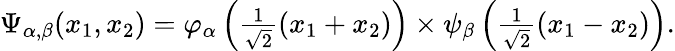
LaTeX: \begin{array}{r}{\Psi_{\alpha,\beta}(x_{1},x_{2})=\varphi_{\alpha}\left(\frac{1}{\sqrt{2}}(x_{1}+x_{2})\right)\times\psi_{\beta}\left(\frac{1}{\sqrt{2}}(x_{1}-x_{2})\right).}\end{array}